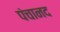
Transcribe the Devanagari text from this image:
पंचानद